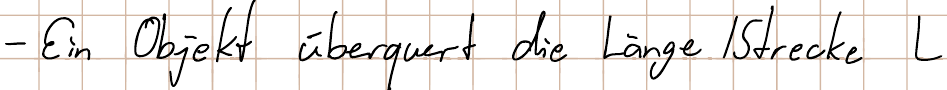
- Ein Objekt überquert die Länge / Strecke L